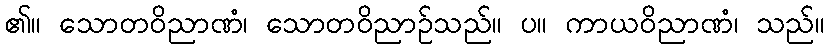
၏။ သောတဝိညာဏံ၊ သောတဝိညာဉ်သည်။ ပ။ ကာယဝိညာဏံ၊ သည်။